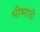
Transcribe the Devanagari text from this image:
भीष्मांची